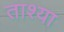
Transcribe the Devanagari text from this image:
ताश्या